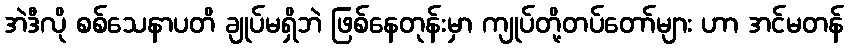
အဲဒီလို စစ်သေနာပတိ ချုပ်မရှိဘဲ ဖြစ်နေတုန်းမှာ ကျုပ်တို့တပ်တော်များ ဟာ အင်မတန်